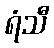
ရံသီ